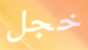
خجل